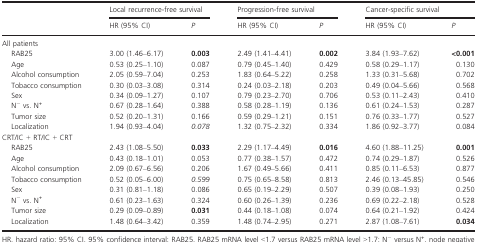
<table><thead><tr><td></td><td colspan="2"><b>Local recurrence-free survival</b></td><td colspan="2"><b>Progression-free survival</b></td><td colspan="2"><b>Cancer-specific survival</b></td></tr><tr><td></td><td><b>HR (95% CI)</b></td><td><b><i>P</i></b></td><td><b>HR (95% CI)</b></td><td><b><i>P</i></b></td><td><b>HR (95% CI)</b></td><td><b><i>P</i></b></td></tr></thead><tbody><tr><td colspan="7">All patients</td></tr><tr><td> RAB25</td><td>3.00 (1.46–6.17)</td><td><b>0.003</b></td><td>2.49 (1.41–4.41)</td><td><b>0.002</b></td><td>3.84 (1.93–7.62)</td><td><b>&lt;0.001</b></td></tr><tr><td> Age</td><td>0.53 (0.25–1.10)</td><td>0.087</td><td>0.79 (0.45–1.40)</td><td>0.429</td><td>0.58 (0.29–1.17)</td><td>0.130</td></tr><tr><td> Alcohol consumption</td><td>2.05 (0.59–7.04)</td><td>0.253</td><td>1.83 (0.64–5.22)</td><td>0.258</td><td>1.33 (0.31–5.68)</td><td>0.702</td></tr><tr><td> Tobacco consumption</td><td>0.30 (0.03–3.08)</td><td>0.314</td><td>0.24 (0.03–2.18)</td><td>0.203</td><td>0.49 (0.04–5.66)</td><td>0.568</td></tr><tr><td> Sex</td><td>0.34 (0.09–1.27)</td><td>0.107</td><td>0.79 (0.23–2.70)</td><td>0.706</td><td>0.53 (0.11–2.43)</td><td>0.410</td></tr><tr><td> N<sup>−</sup> vs. N<sup>+</sup></td><td>0.67 (0.28–1.64)</td><td>0.388</td><td>0.58 (0.28–1.19)</td><td>0.136</td><td>0.61 (0.24–1.53)</td><td>0.287</td></tr><tr><td> Tumor size</td><td>0.52 (0.20–1.31)</td><td>0.166</td><td>0.59 (0.29–1.21)</td><td>0.151</td><td>0.76 (0.33–1.77)</td><td>0.527</td></tr><tr><td> Localization</td><td>1.94 (0.93–4.04)</td><td><i>0.078</i></td><td>1.32 (0.75–2.32)</td><td>0.334</td><td>1.86 (0.92–3.77)</td><td>0.084</td></tr><tr><td colspan="7">CRT/IC+RT/IC+CRT</td></tr><tr><td> RAB25</td><td>2.43 (1.08–5.50)</td><td><b>0.033</b></td><td>2.29 (1.17–4.49)</td><td><b>0.016</b></td><td>4.60 (1.88–11.25)</td><td><b>0.001</b></td></tr><tr><td> Age</td><td>0.43 (0.18–1.01)</td><td>0.053</td><td>0.77 (0.38–1.57)</td><td>0.472</td><td>0.74 (0.29–1.87)</td><td>0.526</td></tr><tr><td> Alcohol consumption</td><td>2.09 (0.67–6.56)</td><td>0.206</td><td>1.67 (0.49–5.66)</td><td>0.411</td><td>0.85 (0.11–6.53)</td><td>0.877</td></tr><tr><td> Tobacco consumption</td><td>0.52 (0.05–6.00)</td><td><i>0.599</i></td><td>0.75 (0.65–8.58)</td><td>0.813</td><td>2.46 (0.13–45.85)</td><td>0.546</td></tr><tr><td> Sex</td><td>0.31 (0.81–1.18)</td><td>0.086</td><td>0.65 (0.19–2.29)</td><td>0.507</td><td>0.39 (0.08–1.93)</td><td>0.250</td></tr><tr><td> N<sup>−</sup> vs. N<sup>+</sup></td><td>0.61 (0.23–1.63)</td><td>0.324</td><td>0.60 (0.26–1.39)</td><td>0.236</td><td>0.69 (0.22–2.18)</td><td>0.528</td></tr><tr><td> Tumor size</td><td>0.29 (0.09–0.89)</td><td><b>0.031</b></td><td>0.44 (0.18–1.08)</td><td>0.074</td><td>0.64 (0.21–1.92)</td><td>0.424</td></tr><tr><td> Localization</td><td>1.48 (0.64–3.42)</td><td>0.359</td><td>1.48 (0.74–2.95)</td><td>0.271</td><td>2.87 (1.08–7.61)</td><td><b>0.034</b></td></tr></tbody></table>